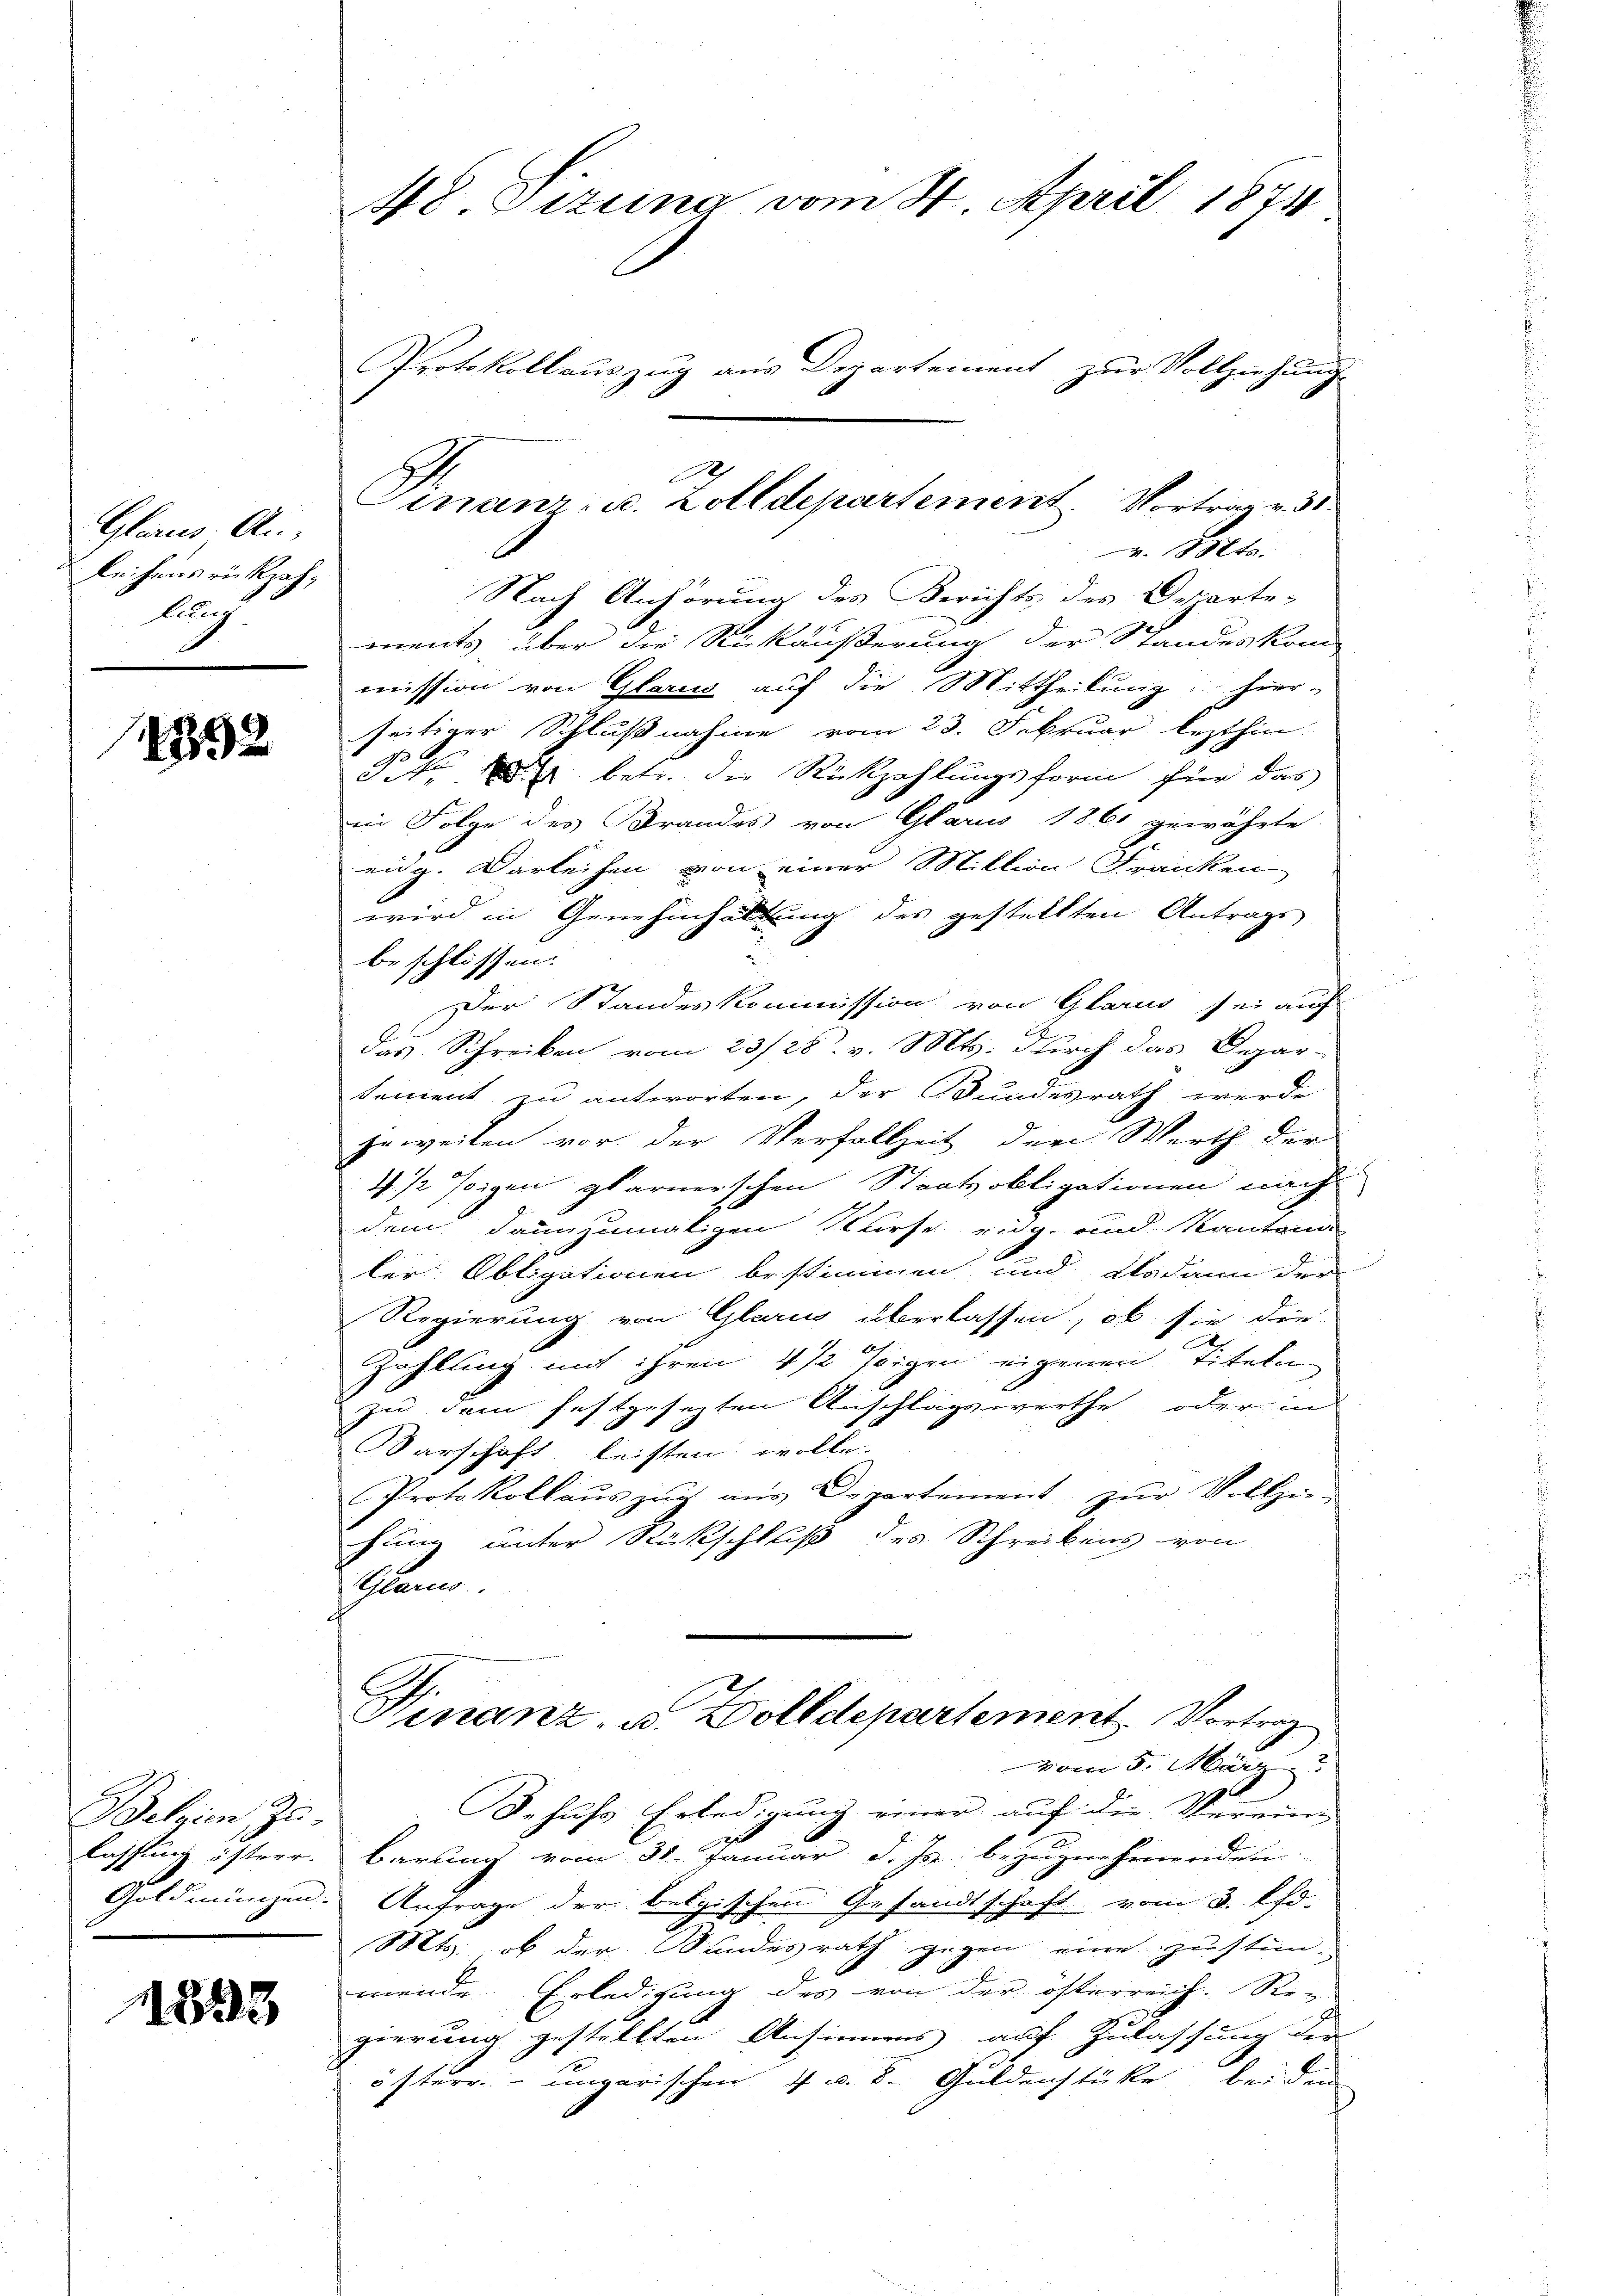
Glarus Ai
Reihens rückzah-
Auch

1892

Belgien zu
lassung öfterr.
Goldmünzen.

1833

48. Sizung vom 4. April 1874
Protokollauszug aus Departement zur Vollziehung

188
Nach Anhörung des Berichts des Departe-
ments über die Rickäußerung der Standeskom-
mission von Glarus auf die Mittheilung hier-
seitiger Schlußnahme vom 23. Februar lezthin
S. betr. die Rückzahlungsform für das
in Folge des Brandes von Glarus 1861 gewährte
eidg. Darleihen von einer Million Franken
wird in Genehmhaltung des gestellten Antrags
beschlossen.
Der Standeskommission von Glarus sei auch
das Schreiben vom 23/28. v. Mts. durch das Depar-
sement zu antworten, der Bundesrath werde
jeweilen vor der Verfallzeit der Werth der
4 1/2 figen glarnerschen Staatsobligationen nach
dem dannzumaligen Kurse eng und Kantona
ler Obligationen bestimmen und alsdann der
Regierung von Glarm überlassen, ob sie die
.
Zahlung mit ihren 4 1/2 Eigen eigenen Titeln
zu dem festgesezten Anschlagswerthe, oder in
Varschaft leisten wolle.
Protokollaŭs zŭg aŭs Departement zŭr Vollzie-
hung unter Rückschluß des Schreibens von
Glarus.
Finanz, u. Wolldepartement. Vortrag
vom 5. März. 7
Behufs Erledigung einer auf die Verein-
barung vom 31. Januar d. Js. bezugnehmenden
Anfrage der belgischen Gesandtschaft vom 3. Chr.
Mts. ob der Sandesrath gegen eine zustimmende Erledigung des von der österreich. Re-
gierung gestellten Ansinnens auf Zulassung der
österr. ungarischen 4 u. 8. Guldenstücke bei den

2
Finanz- u. Zolldepartement. Vortrag v. 31

e